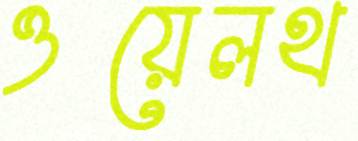
ওয়েলথ